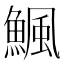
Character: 𩹥